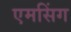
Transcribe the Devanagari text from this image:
एमसिंग